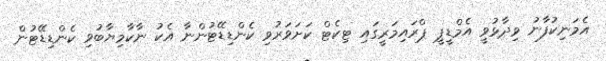
އެމަނިކުފާނު ވިދާޅުވީ އެމްޑީޕީ ޕްރައިމަރީގައި ޓިކެޓް ކަށަވަރުވި ކެންޑިޑޭޓުންނާ އެކު ނާކާމިޔާބުވި ކެންޑިޑޭޓުން